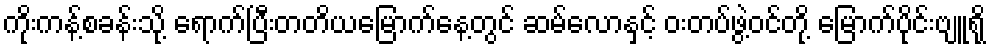
ကိုးကန့်စခန်းသို့ ရောက်ပြီးတတိယမြောက်နေ့တွင် ဆမ်လောနှင့် ဝးတပ်ဖွဲ့ဝင်တို့ မြောက်ပိုင်းဗျူရို